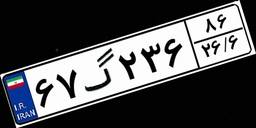
۵۷گ۹۹۹۵۷